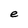
Character: e